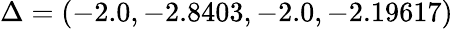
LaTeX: \Delta=(-2.0,-2.8403,-2.0,-2.19617)